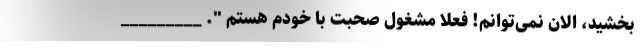
بخشید، الان نمی‌توانم! فعلاً مشغول صحبت با خودم هستم ". _________